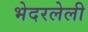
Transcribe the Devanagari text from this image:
भेदरलेली